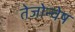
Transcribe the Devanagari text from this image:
तेजोन्वेष